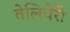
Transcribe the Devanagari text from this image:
तेलिचेरी